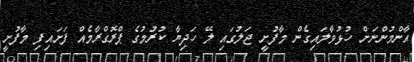
އާންމުންނަށް ހުޅުވާލައިގެން މާފުށީ ޖަލުގައި ލޭ ހަދިޔާ ކުރުމުގެ ޕްރޮގްރާމެއް ފަށައިފި މާފުށީ